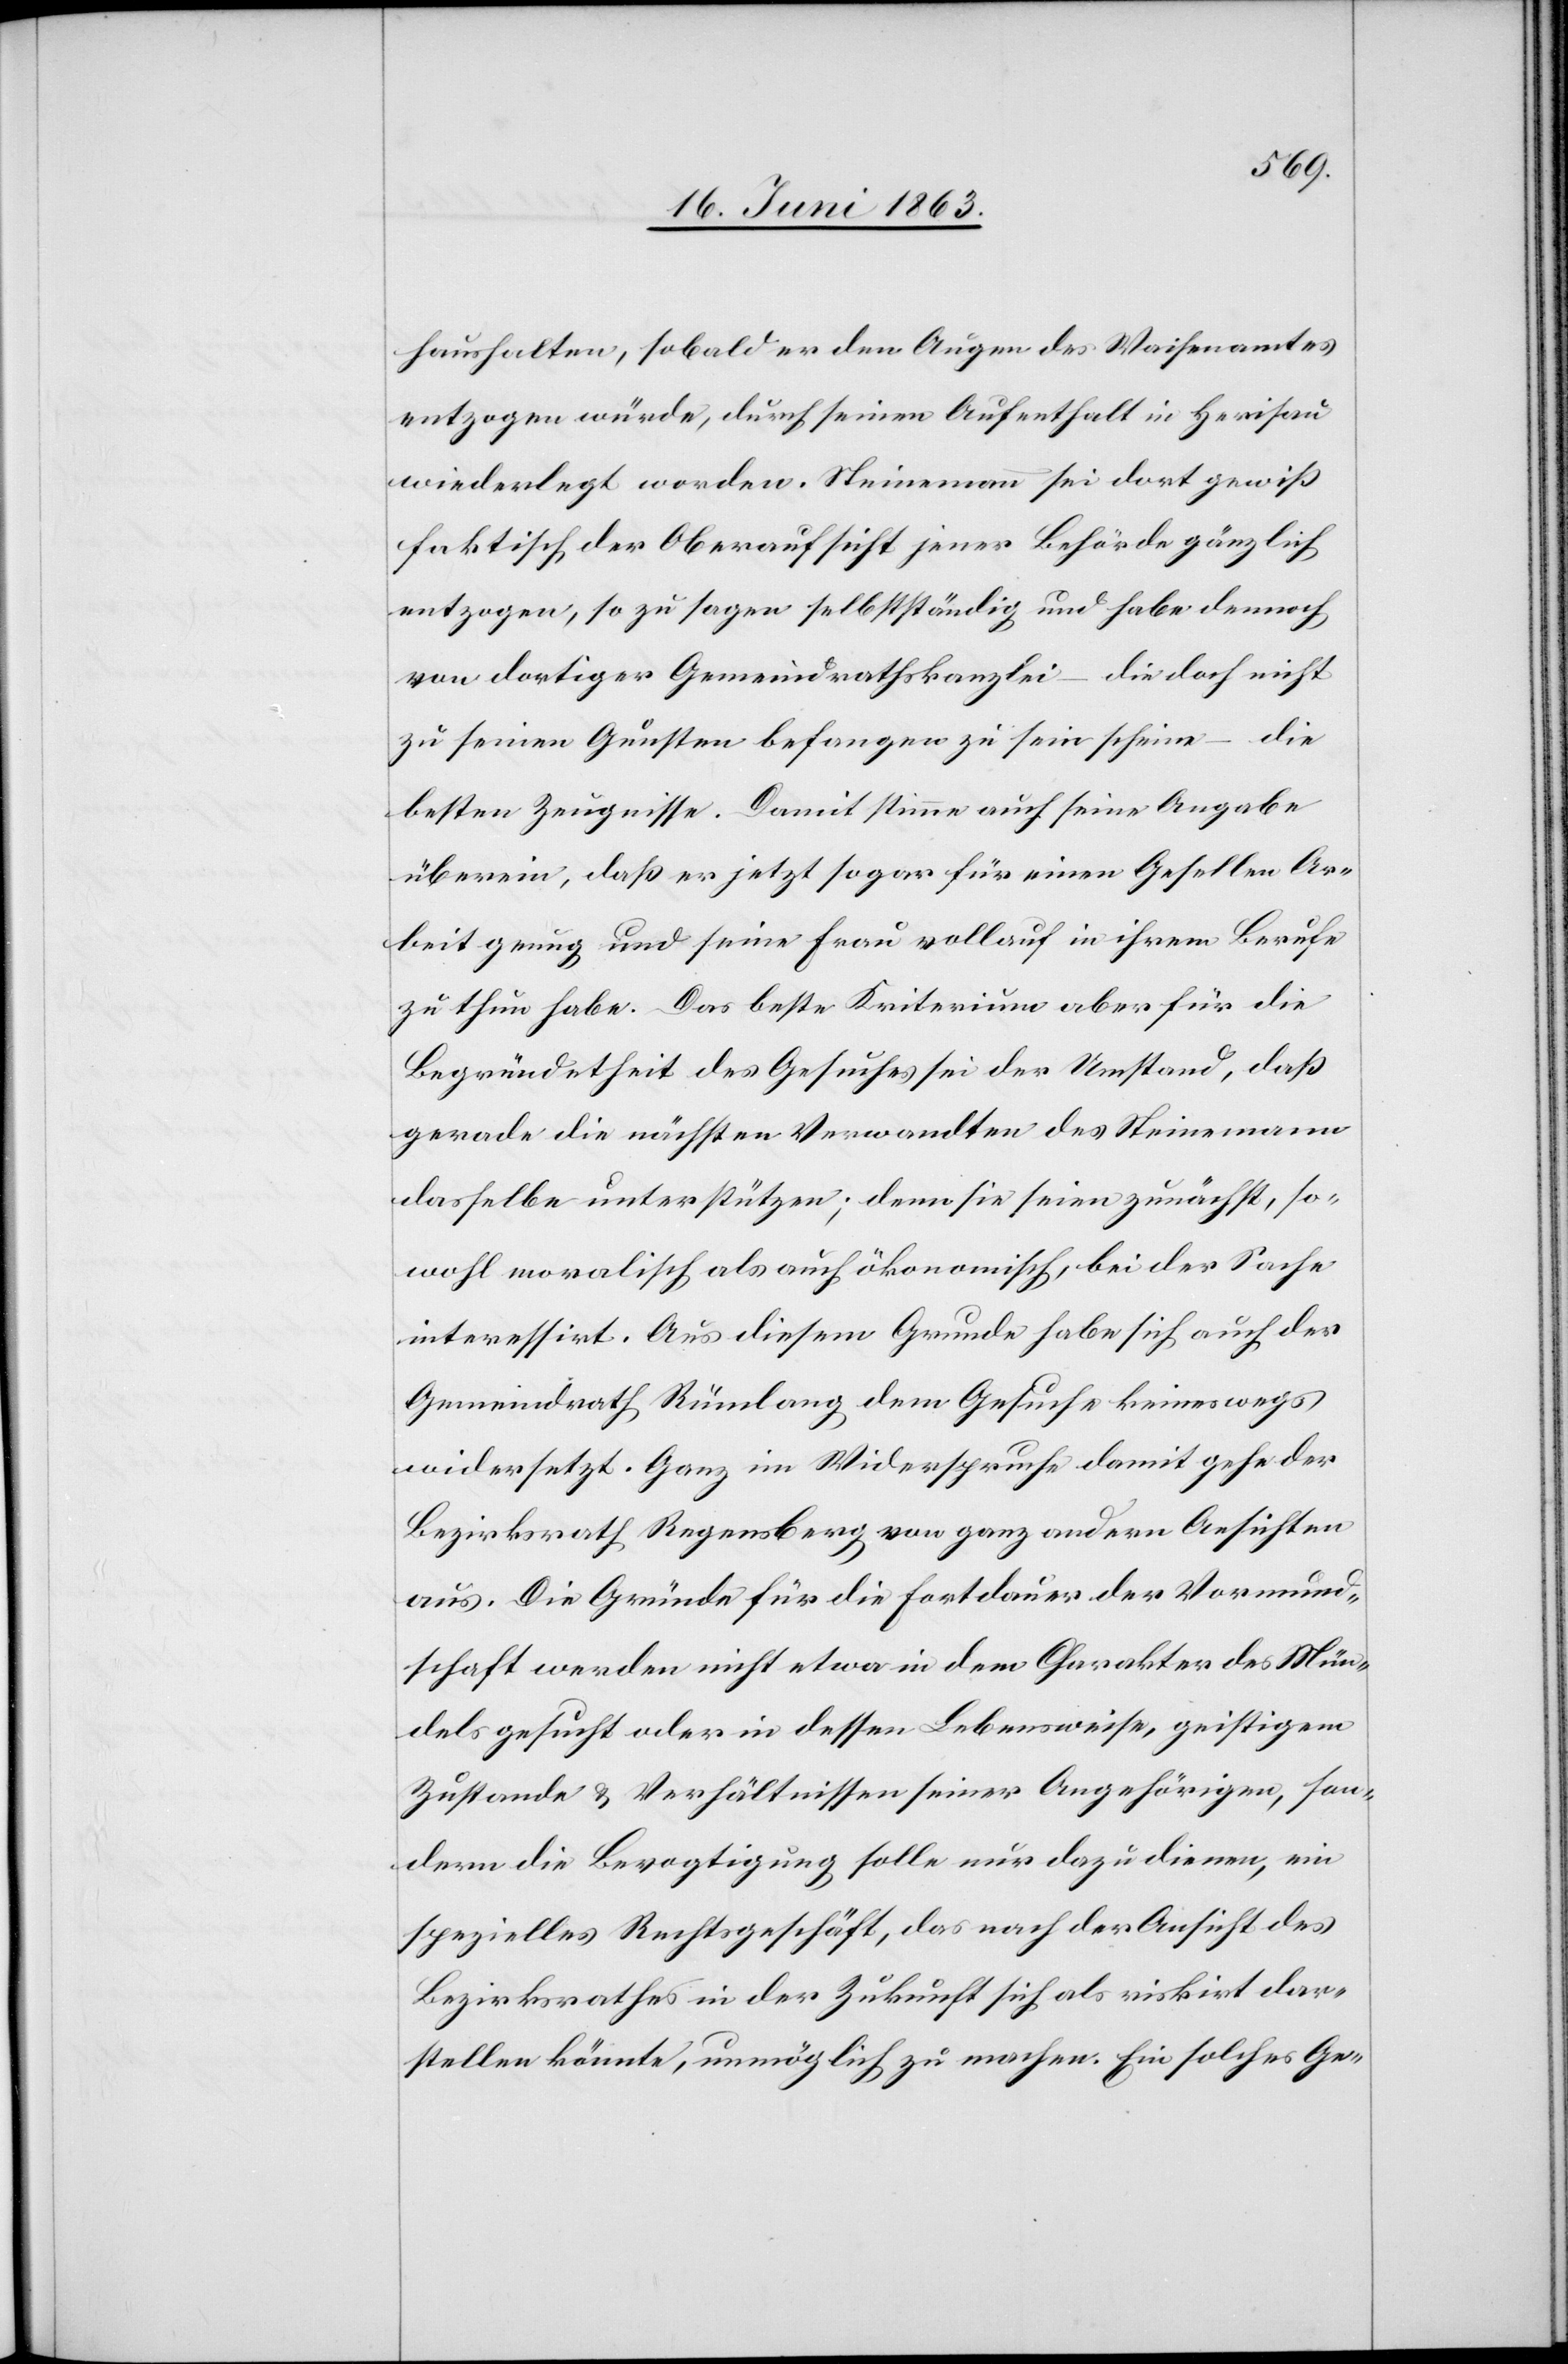
haushalten, sobald er den Augen des Waisenamtes
entzogen würde, durch seinen Aufenthalt in Herisau
wiederlegt worden. Steinemann sei dort gewiß
faktisch der Oberaufsicht jener Behörde gänzlich
entzogen, so zu sagen selbstständig und habe dennoch
von dortiger Gemeindrathskanzlei – die doch nicht
zu seinen Gunsten befangen zu sein scheine – die
besten Zeugnisse. Damit stimme auch seine Angabe
überein, daß er jetzt sogar für einen Gesellen Ar¬
beit genug und seine Frau vollauf in ihrem Berufe
zu thun habe. Das beste Kriterium aber für die
Begründetheit des Gesuches sei der Umstand, daß
gerade die nächsten Verwandten des Steinemann
dasselbe unterstützen; denn sie seien zunächst, so¬
wohl moralisch als auch ökonomisch, bei der Sache
interessirt. Aus diesem Grunde habe sich auch der
Gemeindrath Rümlang dem Gesuche keineswegs
widersetzt. Ganz im Widerspruche damit gehe der
Bezirksrath Regensberg von ganz andern Ansichten
aus. Die Gründe für die Fortdauer der Vormund¬
schaft werden nicht etwa in dem Charakter des Mün¬
dels gesucht oder in dessen Lebensweise, geistigem
Zustande & Verhältnissen seiner Angehörigen, son¬
dern die Bevogtigung solle nur dazu dienen, ein
spezielles Rechtsgeschäft, das nach der Ansicht des
Bezirksrathes in der Zukunft sich als riskirt dar¬
stellen könnte, unmöglich zu machen. Ein solches Ge-